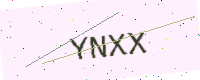
Text: YNXX